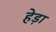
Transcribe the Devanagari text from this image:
हेड़ा